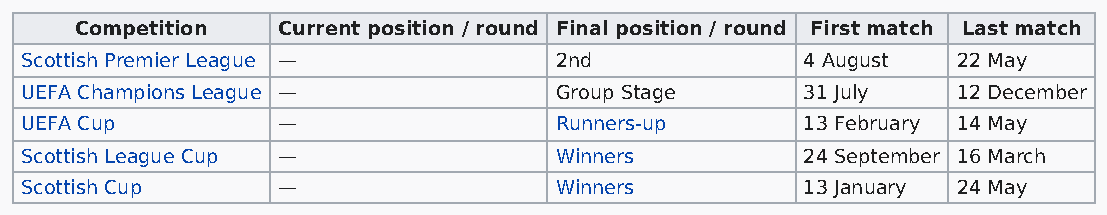
Competition  Current position / round Final position / round First match Last match
 Scottish Premier League —           2nd             4 August  22 May
 UEFA Champions League —             Group Stage     31 July   12 December
 UEFA Cup         —                  Runners-up      13 February 14 May
 Scottish League Cup —               Winners         24 September 16 March
 Scottish Cup     —                  Winners         13 January 24 May